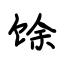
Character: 馀